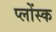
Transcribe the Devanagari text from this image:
प्लोंस्क